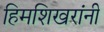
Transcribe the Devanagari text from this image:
हिमशिखरांनी